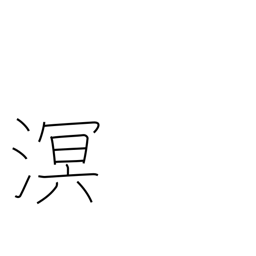
Meaning: dark